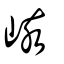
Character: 峐